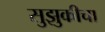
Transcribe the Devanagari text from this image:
सुझुकीचा